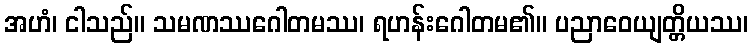
အဟံ၊ ငါသည်။ သမဏဿဂေါတမဿ၊ ရဟန်းဂေါတမ၏။ ပညာဝေယျတ္တိယဿ၊